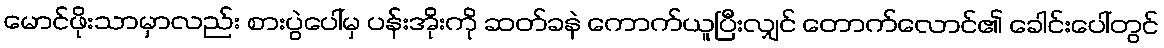
မောင်ဖိုးသာမှာလည်း စားပွဲပေါ်မှ ပန်းအိုးကို ဆတ်ခနဲ ကောက်ယူပြီးလျှင် တောက်လောင်၏ ခေါင်းပေါ်တွင်